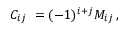
C _ { i j } \ = ( - 1 ) ^ { i + j } M _ { i j } \, ,